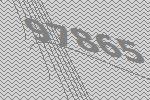
97865